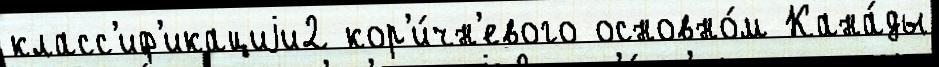
класс'иф'икациjи2 кор'и́чн'евого основно́м Кана́ды